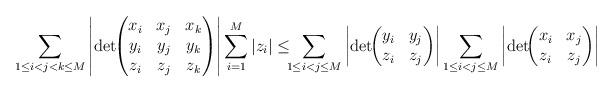
LaTeX: \begin{align*}\sum_{1 \le i < j < k \le M} \left |\det\!\!\begin{pmatrix}x_i & x_j & x_k \\y_i & y_j & y_k \\z_i & z_j & z_k\end{pmatrix}\right| \sum_{i=1}^M |z_i| \le \!\!\!\sum_{1 \le i < j \le M} \left |\det\!\!\begin{pmatrix}y_i & y_j \\z_i & z_j \end{pmatrix}\right|\sum_{1 \le i < j \le M} \left |\det\!\!\begin{pmatrix}x_i & x_j \\z_i & z_j \end{pmatrix}\right|\end{align*}